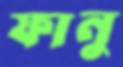
ফানু